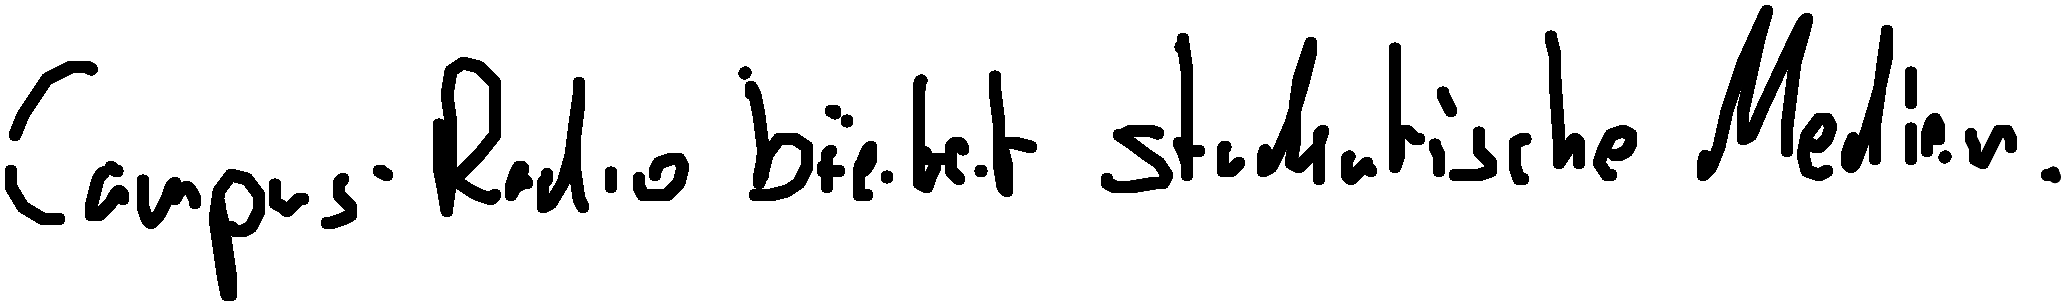
Campus-Radio bietet studentische Medien.